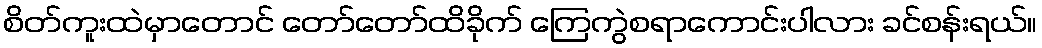
စိတ်ကူးထဲမှာတောင် တော်တော်ထိခိုက် ကြေကွဲစရာကောင်းပါလား ခင်စန်းရယ်။